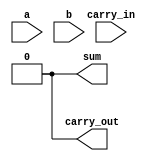
module full_adder (
    input a,
    input b,
    input carry_in,
    output sum,
    output carry_out
);
    // Insert your RTL here to calculate the sum and carry out bits
    // Remove these assign statements once you write your own RTL

    assign sum = 1'b0;
    assign carry_out = 1'b0;
endmodule